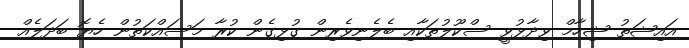
އައިޝަތު ޝިހާމް ވިދާޅުވީ ސްކޫލުތަކާއި ބެލެނިވެރިން ގުޅިގެން ކުރާ މަސައްކަތުން ހެޔޮ ބަދަލެއް